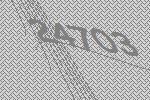
24703